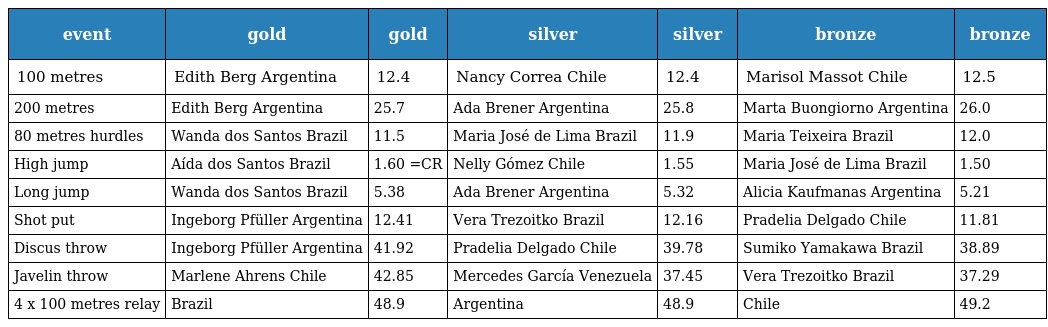
| event | gold | gold | silver | silver | bronze | bronze |
 | --- | --- | --- | --- | --- | --- | --- |
 | 100 metres | Edith Berg Argentina | 12.4 | Nancy Correa Chile | 12.4 | Marisol Massot Chile | 12.5 |
 | 200 metres | Edith Berg Argentina | 25.7 | Ada Brener Argentina | 25.8 | Marta Buongiorno Argentina | 26.0 |
 | 80 metres hurdles | Wanda dos Santos Brazil | 11.5 | Maria José de Lima Brazil | 11.9 | Maria Teixeira Brazil | 12.0 |
 | High jump | Aída dos Santos Brazil | 1.60 =CR | Nelly Gómez Chile | 1.55 | Maria José de Lima Brazil | 1.50 |
 | Long jump | Wanda dos Santos Brazil | 5.38 | Ada Brener Argentina | 5.32 | Alicia Kaufmanas Argentina | 5.21 |
 | Shot put | Ingeborg Pfüller Argentina | 12.41 | Vera Trezoitko Brazil | 12.16 | Pradelia Delgado Chile | 11.81 |
 | Discus throw | Ingeborg Pfüller Argentina | 41.92 | Pradelia Delgado Chile | 39.78 | Sumiko Yamakawa Brazil | 38.89 |
 | Javelin throw | Marlene Ahrens Chile | 42.85 | Mercedes García Venezuela | 37.45 | Vera Trezoitko Brazil | 37.29 |
 | 4 x 100 metres relay | Brazil | 48.9 | Argentina | 48.9 | Chile | 49.2 |